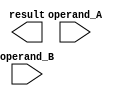
module Modified_Booth_Multiplier (
    input [15:0] operand_A,
    input [15:0] operand_B,
    output reg [31:0] result
);

reg [15:0] multiplier;
reg [31:0] product;
reg [1:0] count;
reg [1:0] phase;

always @(posedge clk) begin
    case (phase)
        2'b00: begin
            if (count == 2'b00) begin
                multiplier <= {operand_A, 8'b0};
            end else begin
                multiplier <= {operand_A, 8'b1};
            end
            phase <= 2'b01;
        end
        2'b01: begin
            if (multiplier[0] == 1) begin
                product <= product + operand_B;
            end
            multiplier <= multiplier >> 1;
            count <= count + 1;
            phase <= 2'b00;
        end
    endcase
end

endmodule